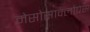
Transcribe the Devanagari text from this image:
मेसोसाक्लोपस